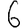
Digit: 6